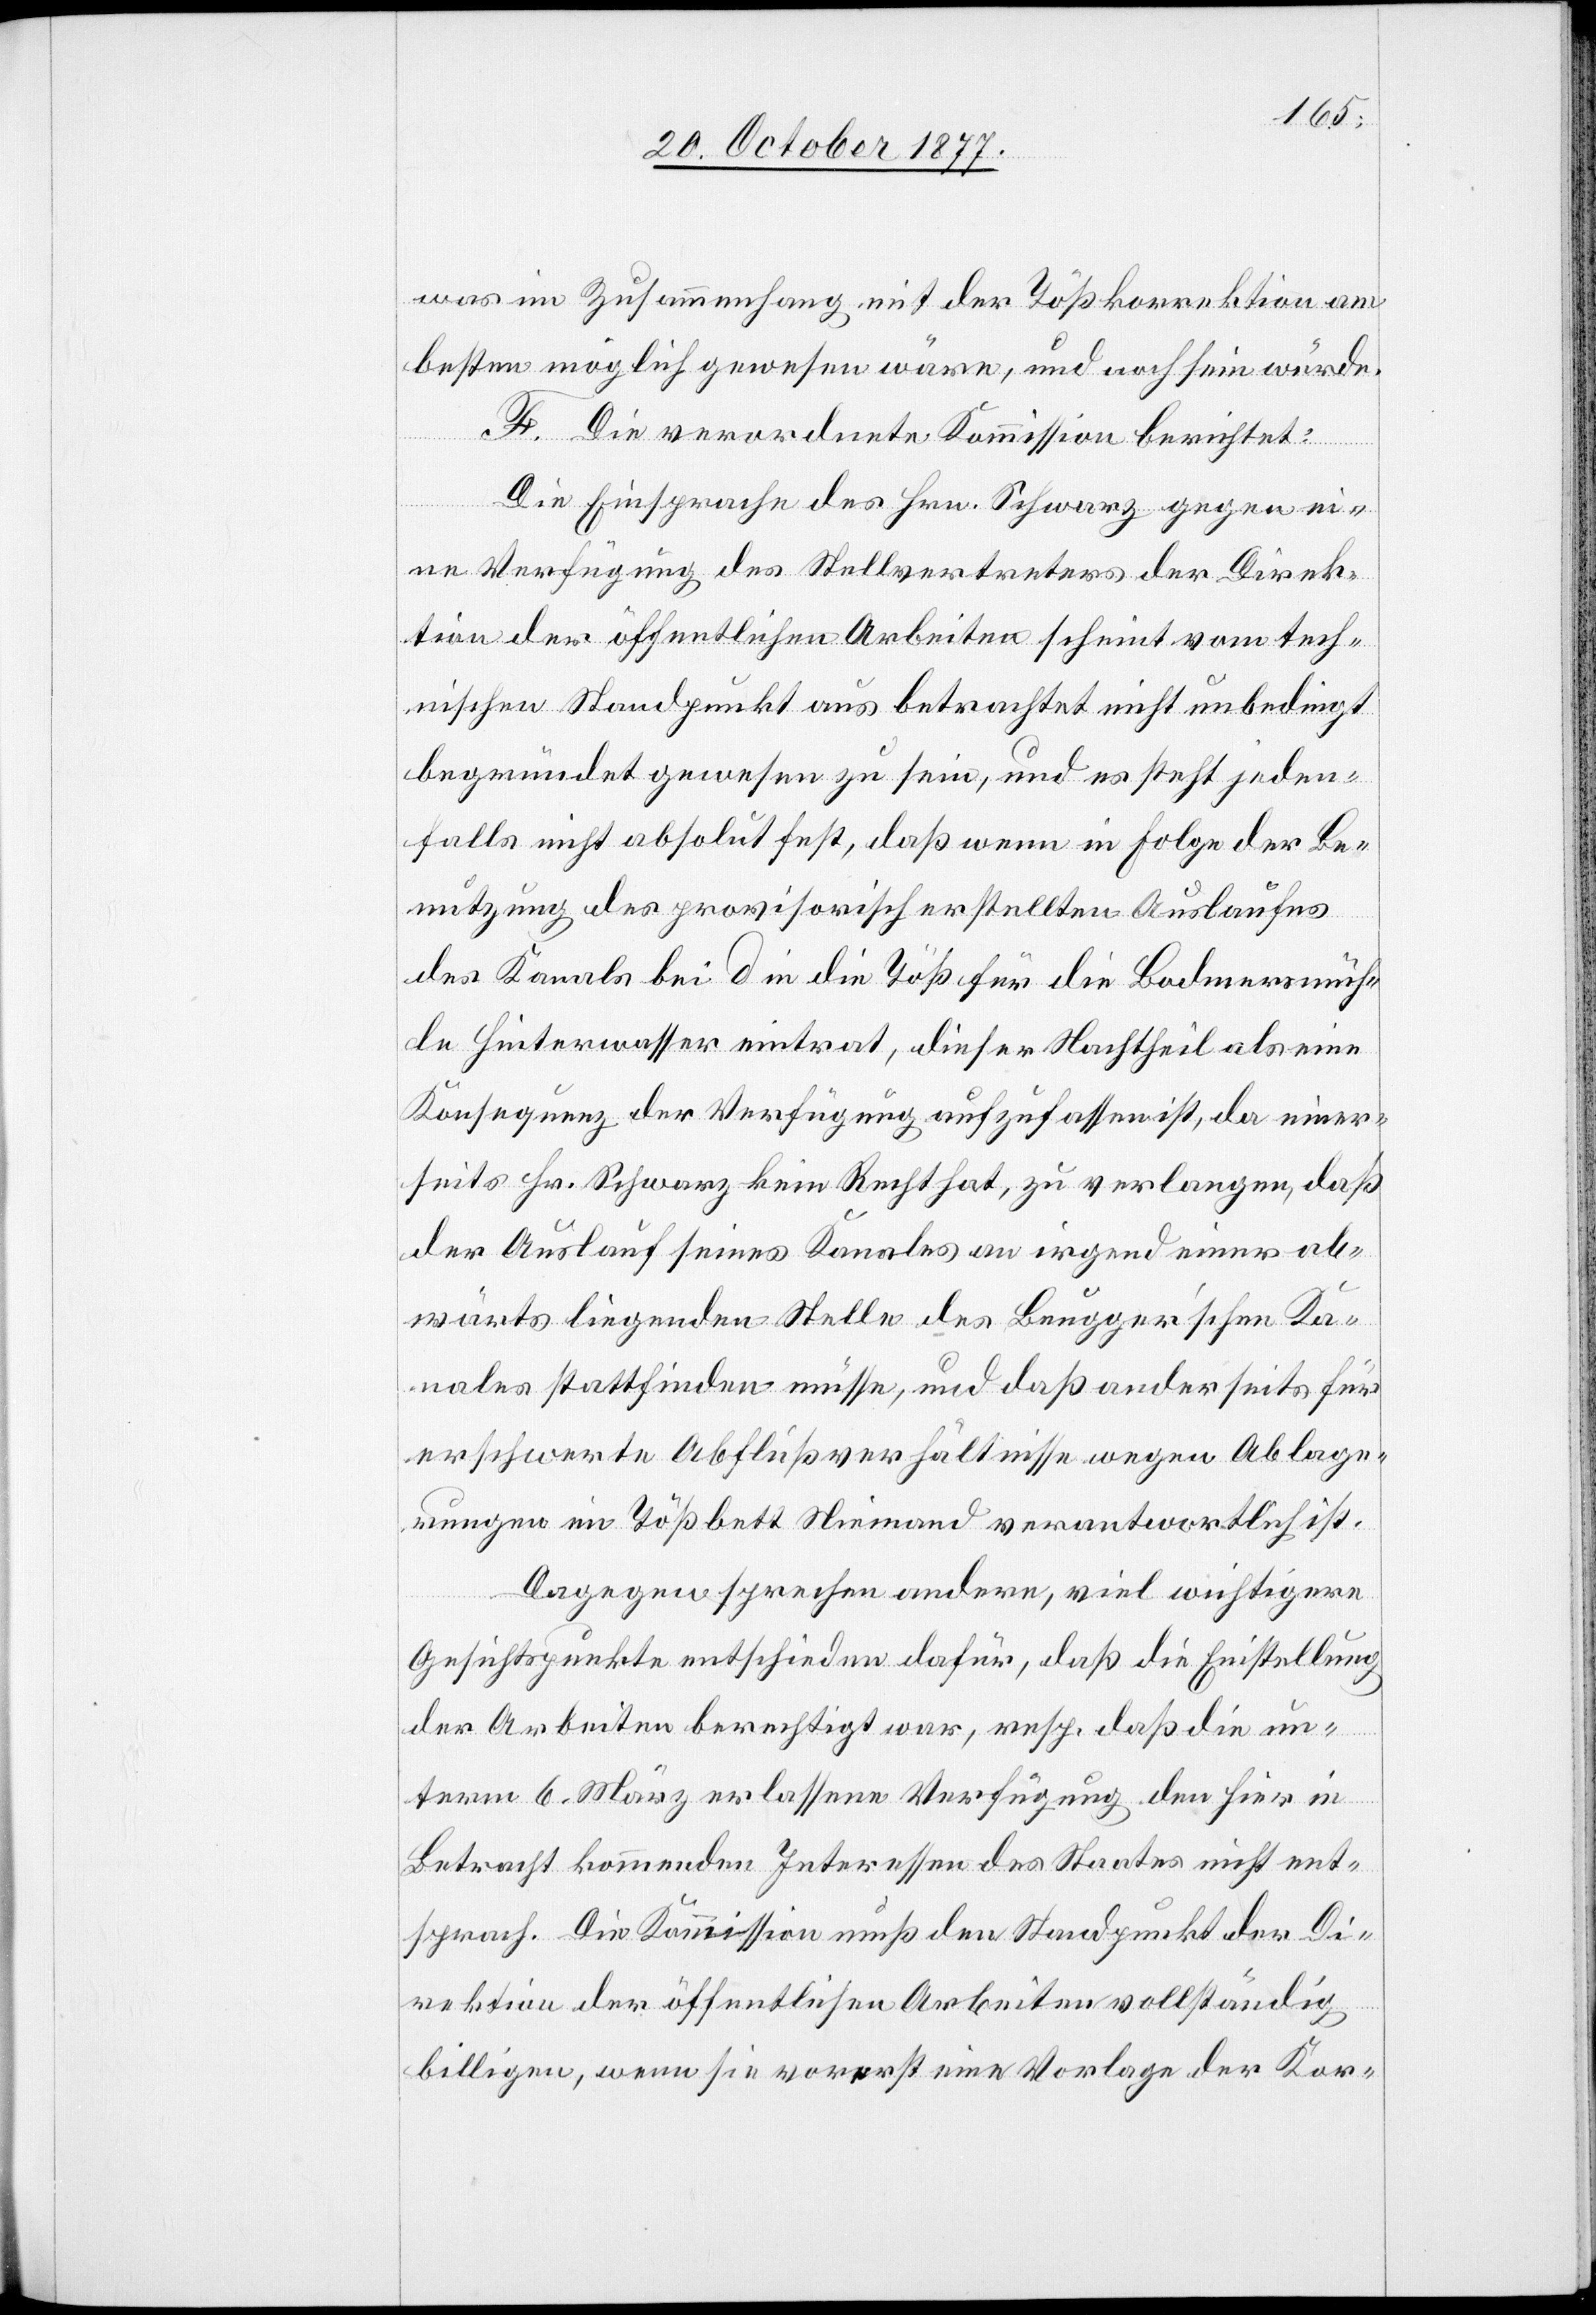
was im Zusammenhang mit der Tößkorrektion am
besten möglich gewesen wäre, und noch sein würde.
F. Die verordnete Kommission berichtet:
Die Einsprache des Hrn. Schwarz gegen ei¬
ne Verfügung des Stellvertreters der Direk¬
tion der öffentlichen Arbeiten scheint vom tech¬
nischen Standpunkt aus betrachtet nicht unbedingt
begründet gewesen zu sein, und es steht jeden¬
falls nicht absolut fest, daß wenn in Folge der Be¬
nutzung des provisorisch erstellten Auslaufes
des Kanals bei d in die Töß für die Bodmersmüh¬
le Hinterwasser eintrat, dieser Nachtheil als eine
Konsequenz der Verfügung aufzufassen ist, da einer¬
seits Hr. Schwarz kein Recht hat, zu verlangen, daß
der Auslauf seines Kanales an irgend einer ab¬
wärts liegenden Stelle des Beugger’schen Ka¬
nales stattfinden müsse, und daß anderseits für
erschwerte Abflußverhältnisse wegen Ablage¬
rungen im Tößbett Niemand verantwortlich ist.
Dagegen sprechen andere, viel wichtigere
Gesichtspunkte entschieden dafür, daß die Einstellung
der Arbeiten berechtigt war, resp. daß die un¬
term 6. März erlassene Verfügung den hier in
Betracht kommenden Interessen des Staates nicht ent¬
sprach. Die Kommission muß den Standpunkt der Di¬
rektion der öffentlichen Arbeiten vollständig
billigen, wenn sie vorerst eine Vorlage der Kor-